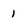
Character: 1